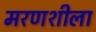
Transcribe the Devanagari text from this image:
मरणशीला